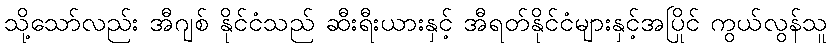
သို့သော်လည်း အီဂျစ် နိုင်ငံသည် ဆီးရီးယားနှင့် အီရတ်နိုင်ငံများနှင့်အပြိုင် ကွယ်လွန်သူ